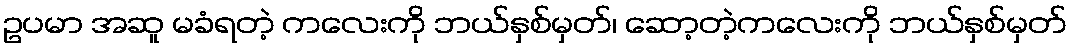
ဥပမာ အဆူ မခံရတဲ့ ကလေးကို ဘယ်နှစ်မှတ်၊ ဆော့တဲ့ကလေးကို ဘယ်နှစ်မှတ်